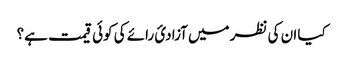
کیا ان کی نظر میں آزادیٔ رائے کی کوئی قیمت ہے؟